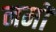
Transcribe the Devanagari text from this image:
नमों